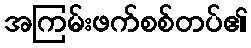
အကြမ်းဖက်စစ်တပ်၏